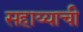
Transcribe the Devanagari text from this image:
सहाय्याची